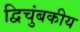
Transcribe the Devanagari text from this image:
द्विचुंबकीय